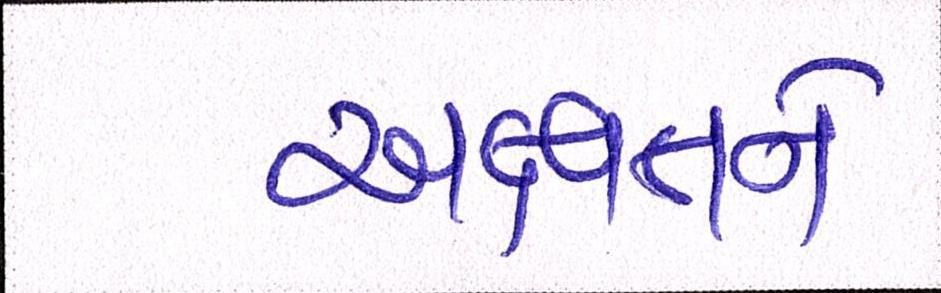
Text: અક્ષતને